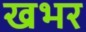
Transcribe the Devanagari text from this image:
खभर